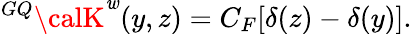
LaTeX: {^{GQ}\calK}^{\mathit{w}}(y,z)=C_{F}[\delta(z)-\delta(y)].